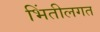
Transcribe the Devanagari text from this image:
भिंतीलगत